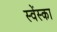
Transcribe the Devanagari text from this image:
स्वेंस्का